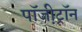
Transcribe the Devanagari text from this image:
पॉजी़ट्रॉन